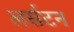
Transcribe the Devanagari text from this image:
लर्सटन